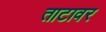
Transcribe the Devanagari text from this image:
ताटावर